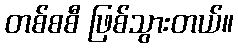
တစ်စစီ ဖြစ်သွားတယ်။